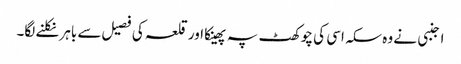
اجنبی نے وہ سکہ اسی کی چوکھٹ پہ پھینکا اور قلعہ کی فصیل سے باہر نکلنے لگا۔